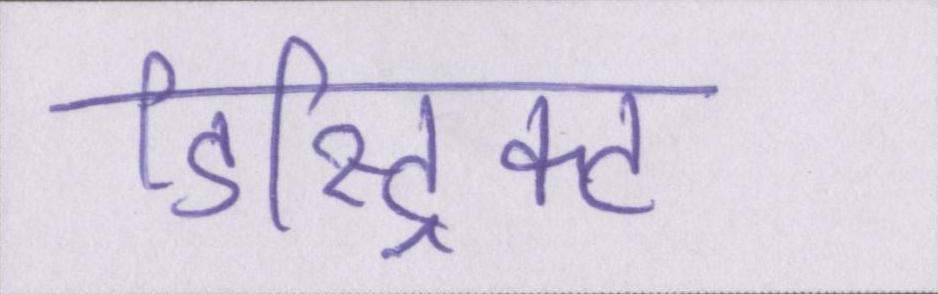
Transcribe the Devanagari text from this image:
डिस्ट्रिक्ट